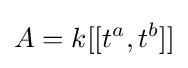
A=k[[t^{a},t^{b}]]